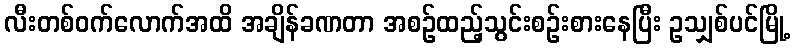
လီးတစ်ဝက်လောက်အထိ အချိန်ခဏတာ အစဉ်ထည့်သွင်းစဉ်းစားနေပြီး ဥသျှစ်ပင်မြို့